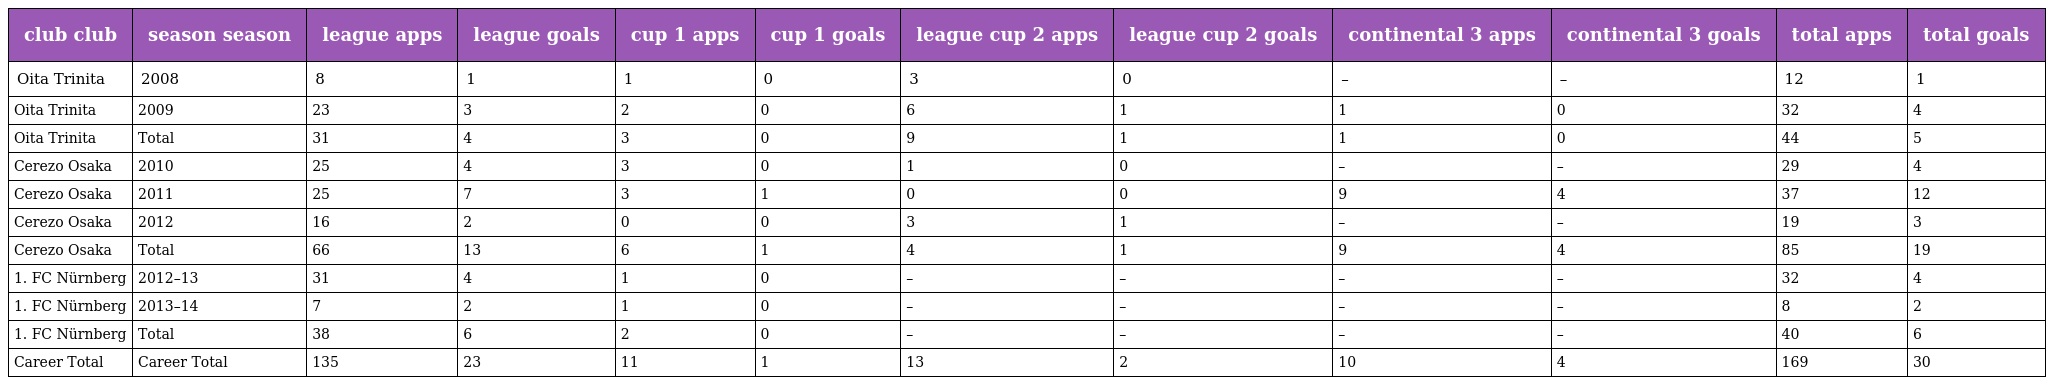
| club club | season season | league apps | league goals | cup 1 apps | cup 1 goals | league cup 2 apps | league cup 2 goals | continental 3 apps | continental 3 goals | total apps | total goals |
 | --- | --- | --- | --- | --- | --- | --- | --- | --- | --- | --- | --- |
 | Oita Trinita | 2008 | 8 | 1 | 1 | 0 | 3 | 0 | – | – | 12 | 1 |
 | Oita Trinita | 2009 | 23 | 3 | 2 | 0 | 6 | 1 | 1 | 0 | 32 | 4 |
 | Oita Trinita | Total | 31 | 4 | 3 | 0 | 9 | 1 | 1 | 0 | 44 | 5 |
 | Cerezo Osaka | 2010 | 25 | 4 | 3 | 0 | 1 | 0 | – | – | 29 | 4 |
 | Cerezo Osaka | 2011 | 25 | 7 | 3 | 1 | 0 | 0 | 9 | 4 | 37 | 12 |
 | Cerezo Osaka | 2012 | 16 | 2 | 0 | 0 | 3 | 1 | – | – | 19 | 3 |
 | Cerezo Osaka | Total | 66 | 13 | 6 | 1 | 4 | 1 | 9 | 4 | 85 | 19 |
 | 1. FC Nürnberg | 2012–13 | 31 | 4 | 1 | 0 | – | – | – | – | 32 | 4 |
 | 1. FC Nürnberg | 2013–14 | 7 | 2 | 1 | 0 | – | – | – | – | 8 | 2 |
 | 1. FC Nürnberg | Total | 38 | 6 | 2 | 0 | – | – | – | – | 40 | 6 |
 | Career Total | Career Total | 135 | 23 | 11 | 1 | 13 | 2 | 10 | 4 | 169 | 30 |